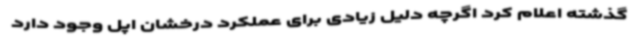
گذشته اعلام کرد اگرچه دلیل زیادی برای عملکرد درخشان اپل وجود دارد